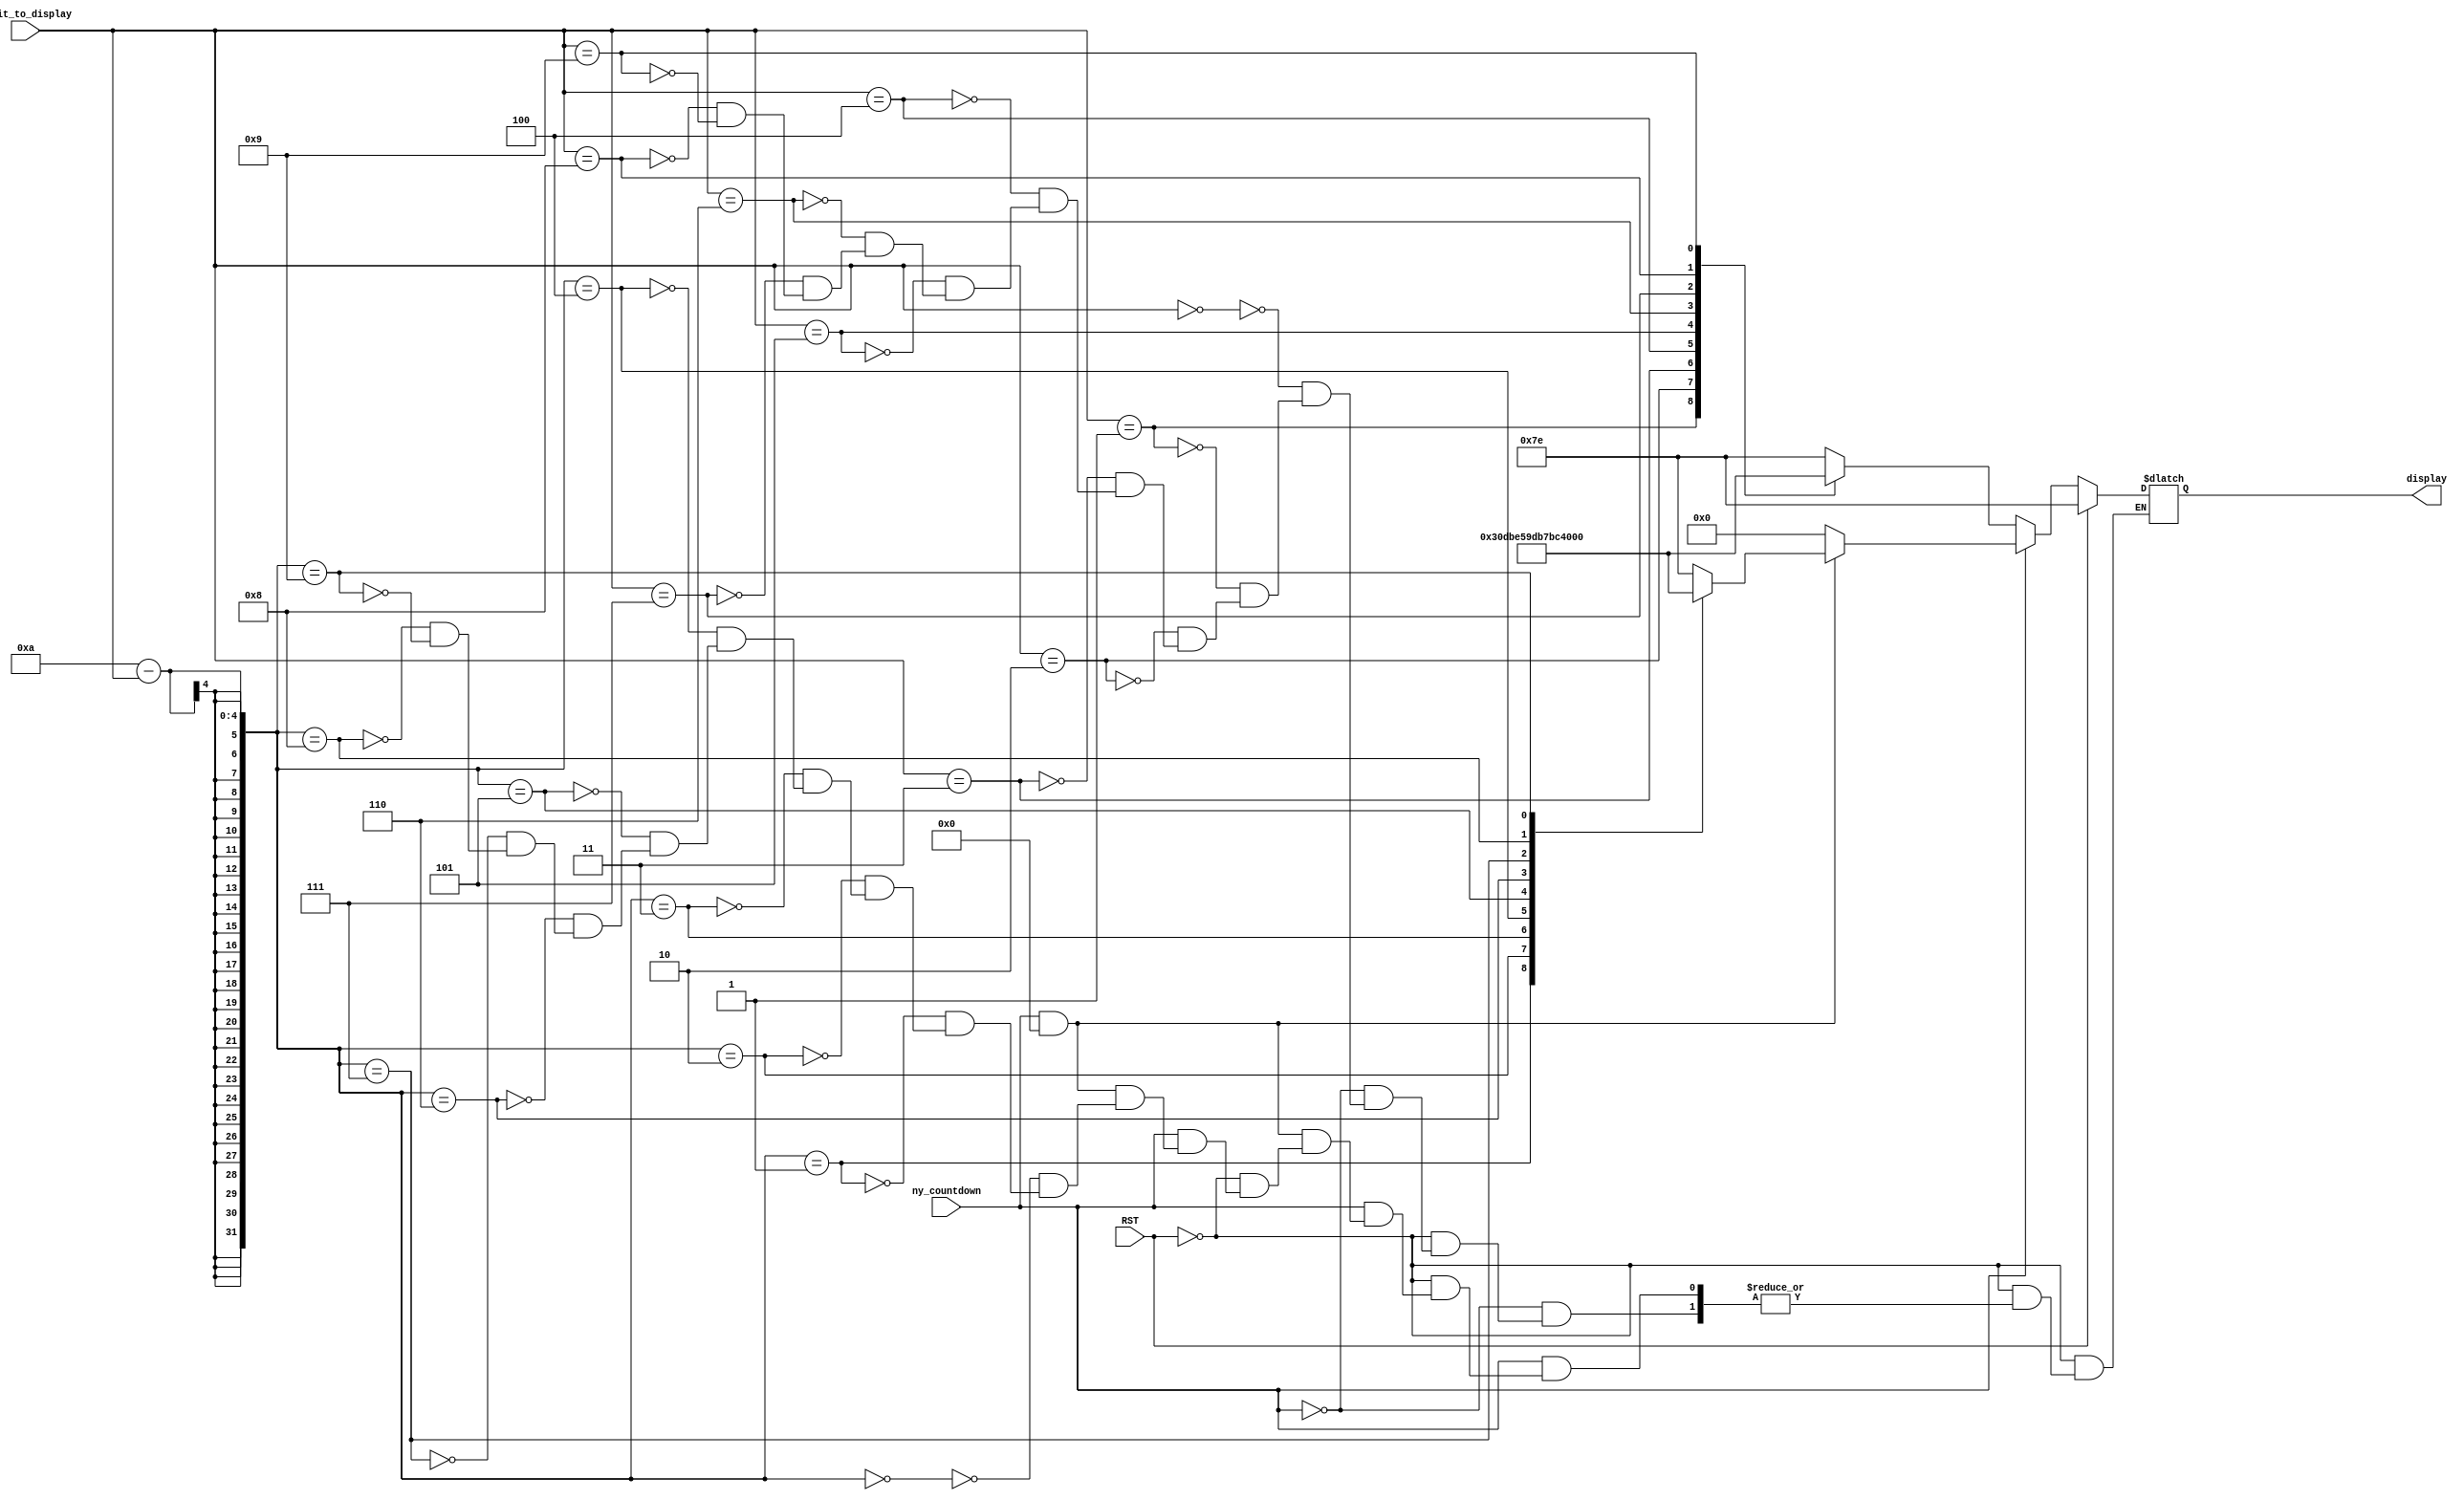
`timescale 1ns / 1ps

module Clock_digit_display #(parameter Second_Digit = 0)(
input [3:0] digit_to_display,
input ny_countdown,RST,
output reg [6:0] display);
// abcdefg


always @(*) begin
if(RST) display=7'b1111110;
else if(ny_countdown==0) begin // usual day
case(digit_to_display)
0: display = 7'b1111110;
1: display = 7'b0110000;
2: display = 7'b1101101;
3: display = 7'b1111001;
4: display = 7'b0110011;
5: display = 7'b1011011;
6: display = 7'b0111101;
7: display = 7'b1110000;
8: display = 7'b1111111;
9: display = 7'b1110011;
endcase
end //else if
else if(ny_countdown&&Second_Digit) begin // ten minutes before NY and second digit
case(10-digit_to_display)
0: display = 7'b1111110;
1: display = 7'b0110000;
2: display = 7'b1101101;
3: display = 7'b1111001;
4: display = 7'b0110011;
5: display = 7'b1011011;
6: display = 7'b0111101;
7: display = 7'b1110000;
8: display = 7'b1111111;
9: display = 7'b1110011;
endcase
end // esle if
else begin // ten minutes before NY and not second digit
display=0;
end//else
end //  always
endmodule